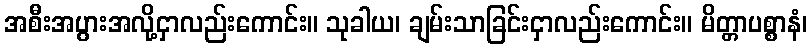
အစီးအပွားအလို့ငှာလည်းကောင်း။ သုခါယ၊ ချမ်းသာခြင်းငှာလည်းကောင်း။ မိတ္တာပစ္စာနံ၊